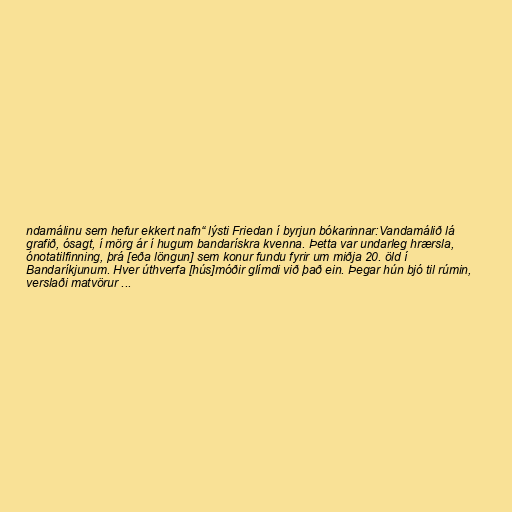
ndamálinu sem hefur ekkert nafn“ lýsti Friedan í byrjun bókarinnar:Vandamálið lá
grafið, ósagt, í mörg ár í hugum bandarískra kvenna. Þetta var undarleg hrærsla,
ónotatilfinning, þrá [eða löngun] sem konur fundu fyrir um miðja 20. öld í
Bandaríkjunum. Hver úthverfa [hús]móðir glímdi við það ein. Þegar hún bjó til rúmin,
verslaði matvörur ...